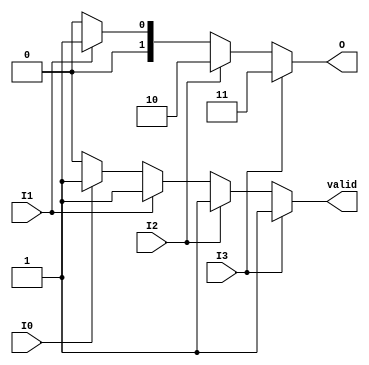
module relative_encoder (
    input wire I0, // Input 0
    input wire I1, // Input 1
    input wire I2, // Input 2
    input wire I3, // Input 3
    output reg [1:0] O, // 2-bit output
    output reg valid // High when input is valid
);

    always @(*) begin
        // Default outputs
        O = 2'b00; // Default output for no active inputs
        valid = 1'b0; // Default to invalid

        // Check the inputs in priority order (from highest to lowest)
        if (I3) begin
            O = 2'b11; // Encoding for I3 active
            valid = 1'b1;
        end else if (I2) begin
            O = 2'b10; // Encoding for I2 active
            valid = 1'b1;
        end else if (I1) begin
            O = 2'b01; // Encoding for I1 active
            valid = 1'b1;
        end else if (I0) begin
            O = 2'b00; // Encoding for I0 active
            valid = 1'b1;
        end else begin
            // No inputs active - already handles by default initialization O = 00
            valid = 1'b0; // Indicate invalid state
        end
    end

endmodule